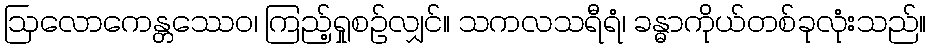
ဩလောကေန္တဿေဝ၊ ကြည့်ရှုစဉ်လျှင်။ သကလသရီရံ၊ ခန္ဓာကိုယ်တစ်ခုလုံးသည်။